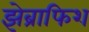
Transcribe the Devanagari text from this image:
झेब्राफिश